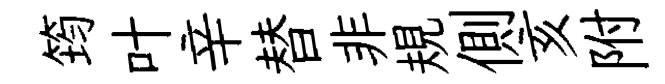
筠叶辛替非規側亥附